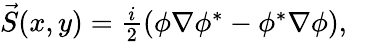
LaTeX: \begin{array}{rl}{\vec{S}(x,y)=\frac{i}{2}(\phi\nabla\phi^{\ast}-\phi^{\ast}\nabla\phi),}&{}\end{array}